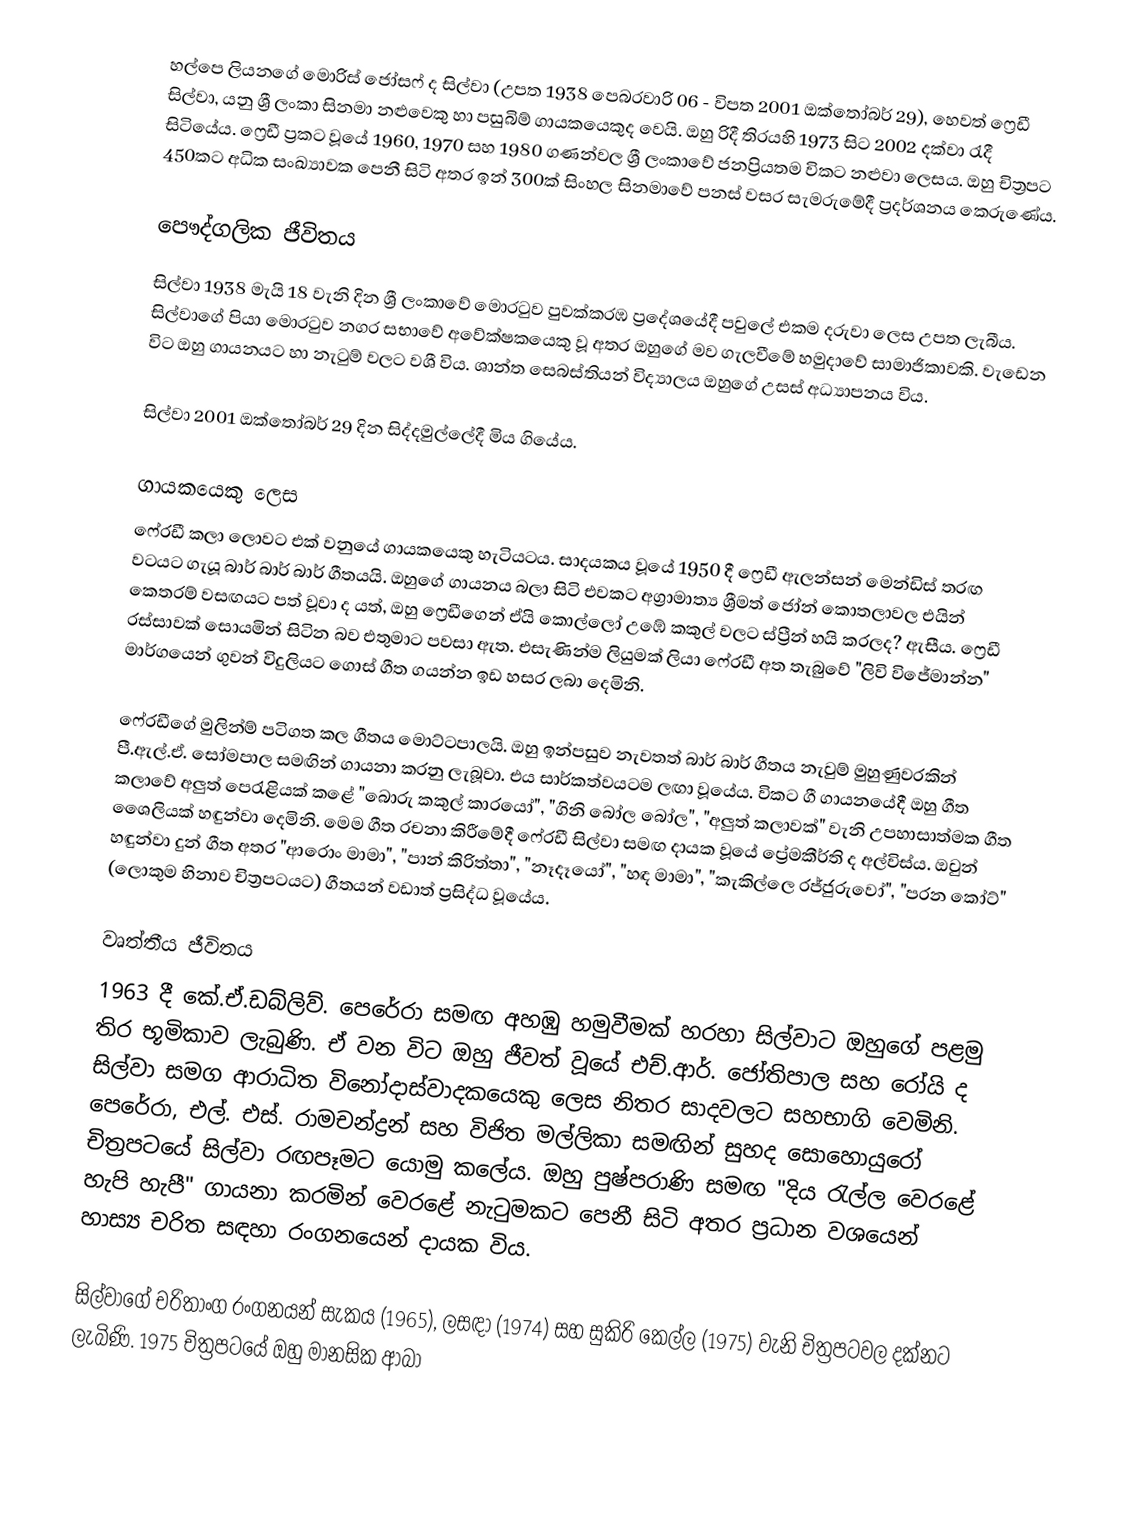
හල්පෙ ලියනගේ මොරිස් ජෝසෆ් ද සිල්වා (උපත 1938 පෙබරවාරි 06 - විපත 2001 ඔක්තෝබර් 29), හෙවත් ෆ්‍රෙඩී සිල්වා, යනු ශ්‍රී ලංකා සිනමා නළුවෙකු හා පසුබිම් ගායකයෙකුද වෙයි. ඔහු රිදී තිරයහි 1973 සිට 2002 දක්වා රැදී සිටියේය. ෆ්‍රෙඩී ප්‍රකට වූයේ 1960, 1970 සහ 1980 ගණන්වල ශ්‍රී ලංකාවේ ජනප්‍රියතම විකට නළුවා ලෙසය. ඔහු චිත්‍රපට 450කට අධික සංඛ්‍යාවක පෙනී සිටි අතර ඉන් 300ක් සිංහල සිනමාවේ පනස් වසර සැමරුමේදී ප්‍රදර්ශනය කෙරුණේය.

පෞද්ගලික ජීවිතය
සිල්වා 1938 මැයි 18 වැනි දින ශ්‍රී ලංකාවේ මොරටුව පුවක්කරඹ ප්‍රදේශයේදී පවුලේ එකම දරුවා ලෙස උපත ලැබීය. සිල්වාගේ පියා මොරටුව නගර සභාවේ අවේක්ෂකයෙකු වූ අතර ඔහුගේ මව ගැලවීමේ හමුදාවේ සාමාජිකාවකි. වැඩෙන විට ඔහු ගායනයට හා නැටුම් වලට වශී විය. ශාන්ත සෙබස්තියන් විද්‍යාලය ඔහුගේ උසස් අධ්‍යාපනය විය.

සිල්වා 2001 ඔක්තෝබර් 29 දින සිද්දමුල්ලේදී මිය ගියේය.

ගායකයෙකු ලෙස
ෆෙ‍්‍රඩී කලා ලොවට එක් වනුයේ ගායකයෙකු හැටියටය. සාදයකය වූයේ 1950 දී ෆ්‍රෙඩී ඇලන්සන් මෙන්ඩිස් තරඟ වටයට ගැයූ බාර් බාර් බාර්  ගීතයයි. ඔහුගේ ගායනය බලා සිටි එවකට අග්‍රාමාත්‍ය ශ්‍රීමත් ජෝන් කොතලාවල එයින් කෙතරම් වසඟයට පත් වූවා ද යත්, ඔහු ෆ්‍රෙඩීගෙන් ඒයි කොල්ලෝ උඹේ කකුල් වලට ස්ප්‍රීන් හයි කරලද? ඇසීය. ෆ්‍රෙඩී රස්සාවක් සොයමින් සිටින බව එතුමාට පවසා ඇත. එසැණින්ම ලියුමක් ලියා ෆෙ‍්‍රඩී අත තැබුවේ "ලිවි විජේමාන්න" මාර්ගයෙන් ගුවන් විදුලියට ගොස් ගීත ගයන්න ඉඩ හසර ලබා දෙමිනි.

ෆෙ‍්‍රඩීගේ මුලින්ම් පටිගත කල ගීතය මොට්ටපාලයි. ඔහු ඉන්පසුව නැවතත් බාර් බාර් ගීතය නැවුම් මුහුණුවරකින් පී.ඇල්.ඒ. සෝමපාල  සමඟින් ගායනා කරනු ලැබූවා. එය සාර්කත්වයටම ලඟා වූයේය. විකට ගී ගායනයේදී ඔහු ගීත කලාවේ අලුත් පෙරැළියක් කළේ "බොරු කකුල් කාරයෝ", "ගිනි බෝල බෝල", "අලුත් කලාවක්" වැනි උපහාසාත්මක ගීත ශෛලියක් හඳුන්වා දෙමිනි. මෙම ගීත රචනා කිරීමේදී ෆෙ‍්‍රඩී සිල්වා සමඟ දායක වූයේ ප්‍රේමකීර්ති ද අල්විස්ය. ඔවුන් හඳුන්වා දුන් ගීත අතර "ආරොං මාමා", "පාන් කිරිත්තා", "නෑදෑයෝ", "හඳ මාමා", "කැකිල්ලෙ රජ්ජුරුවෝ", "පරන කෝට්" (ලොකුම හිනාව චිත්‍රපටයට) ගීතයන් වඩාත් ප්‍රසිද්ධ වූයේය.

වෘත්තීය ජීවිතය
1963 දී කේ.ඒ.ඩබ්ලිව්. පෙරේරා සමඟ අහඹු හමුවීමක් හරහා සිල්වාට ඔහුගේ පළමු තිර භූමිකාව ලැබුණි. ඒ වන විට ඔහු ජීවත් වූයේ එච්.ආර්. ජෝතිපාල සහ රෝයි ද සිල්වා සමග ආරාධිත විනෝදාස්වාදකයෙකු ලෙස නිතර සාදවලට සහභාගි වෙමිනි. පෙරේරා, එල්. එස්. රාමචන්ද්‍රන් සහ විජිත මල්ලිකා සමඟින් සුහද සොහොයුරෝ චිත්‍රපටයේ සිල්වා රඟපෑමට යොමු කලේය. ඔහු පුෂ්පරාණි සමඟ "දිය රැල්ල වෙරළේ හැපි හැපී" ගායනා කරමින් වෙරළේ නැටුමකට පෙනී සිටි අතර ප්‍රධාන වශයෙන් හාස්‍ය චරිත සඳහා රංගනයෙන් දායක විය.

සිල්වාගේ චරිතාංග රංගනයන් සැකය (1965), ලසඳා (1974) සහ සුකිරි කෙල්ල (1975) වැනි චිත්‍රපටවල දක්නට ලැබිණි. 1975 චිත්‍රපටයේ ඔහු මානසික ආබා